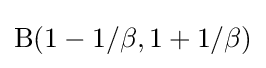
{\text{B}}(1-1/\beta ,1+1/\beta )